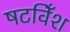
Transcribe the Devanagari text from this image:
षटविँश